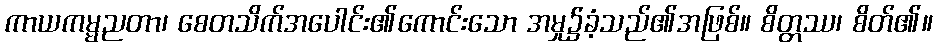
ကာယကမ္မညတာ၊ စေတသိက်အပေါင်း၏ကောင်းသော အမှု၌ခံ့သည်၏အဖြစ်။ စိတ္တဿ၊ စိတ်၏။